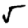
Digit: 5